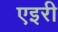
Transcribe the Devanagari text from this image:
एइरी